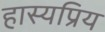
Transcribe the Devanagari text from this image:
हास्यप्रिय